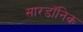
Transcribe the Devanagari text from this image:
सारडॉनिक